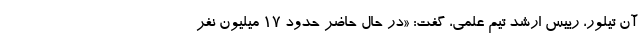
آن تیلور، رییس ارشد تیم علمی، گفت: «در حال حاضر حدود 17 میلیون نفر